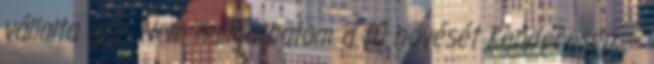
vállalta azt. “Nem hallgathatom a fű növését Kenderesen, –